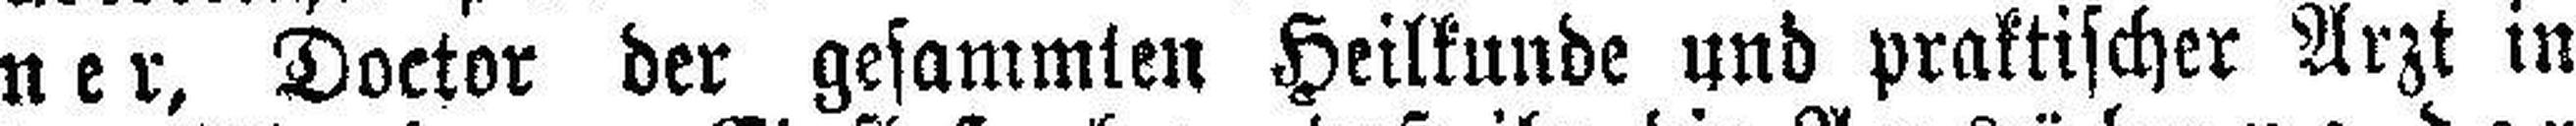
ner, Doctor der gesammten Heilkunde und praktischer Arzt in